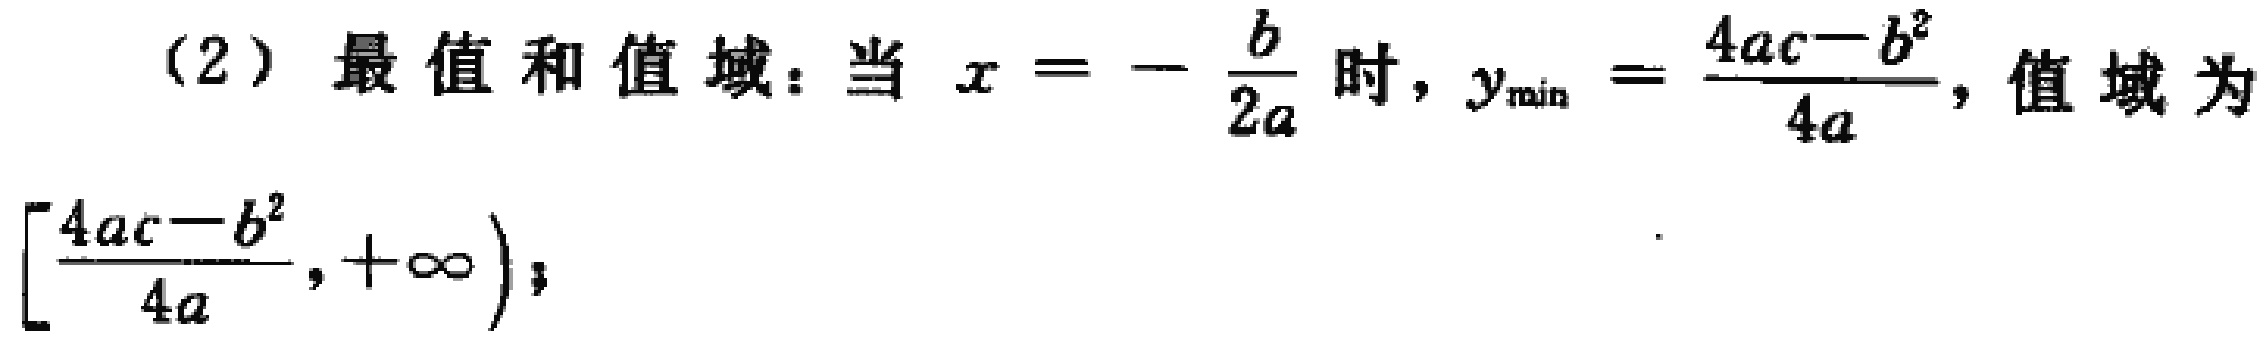
(2) 最值和值域：当 \(x = -\frac{b}{2a}\) 时，\(y_{\min}=\frac{4ac - b^{2}}{4a}\)，值域为 \([\frac{4ac - b^{2}}{4a},+\infty)\)；